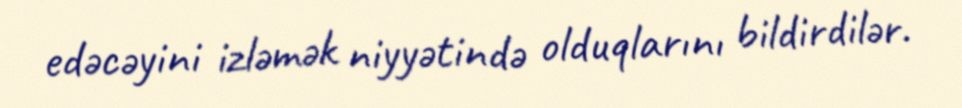
edəcəyini izləmək niyyətində olduqlarını bildirdilər.